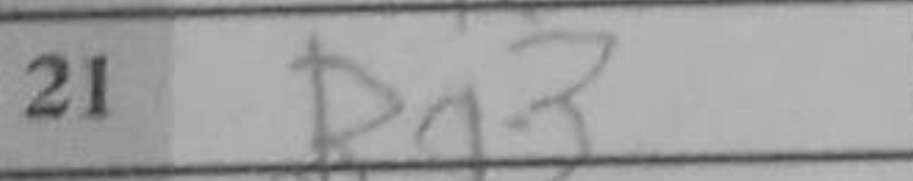
Transcription: Bg3